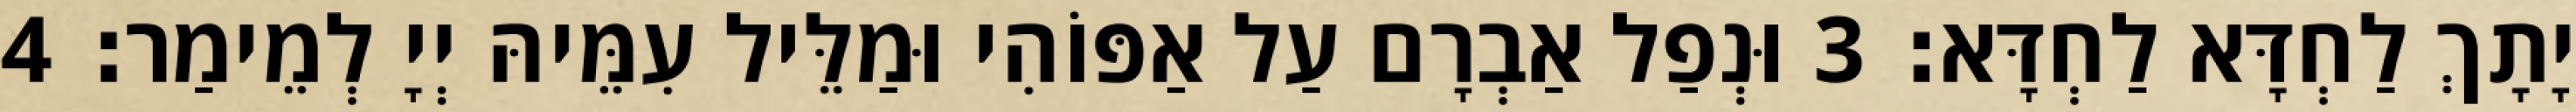
יָתָךְ לַחְדָּא לַחְדָּא׃ 3 וּנְפַל אַבְרָם עַל אַפּוֹהִי וּמַלֵּיל עִמֵּיהּ יְיָ לְמֵימַר׃ 4